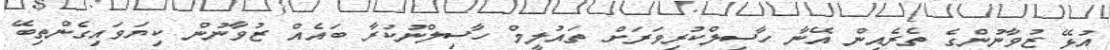
އުޅޭ ޒުވާނުންގެ ތެރެއިން އޭނާ ހާސިލްކުރިވަރަށް ތައުލީމް ހާސިލްނުކުރާ ބައެއް ޒުވާނުން ކިޔަވައިގެންތިބޭ